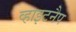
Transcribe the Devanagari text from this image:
व्हाइटनैप